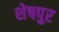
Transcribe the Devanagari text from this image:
शेषपुर